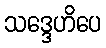
သဒ္ဒေဟိပေ